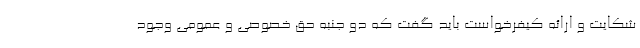
شکایت و ارائه کیفرخواست باید گفت که دو جنبه حق خصوصی و عمومی وجود